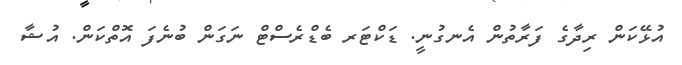
އުޅޭކަން ރިދާގެ ފަރާތުން އެނގުނީ. ޑަކްޓަރ ބެޑްރެސްޓް ނަގަން ބުނެފަ އޮތްކަން. އުޝާ